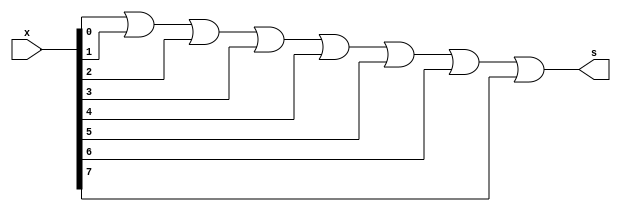
// ------------------------- 
// Exercicio0012 - OR
// Nome: Lucas Cardoso 
// -------------------------
// ------------------------- 
// -- or gate 
// ------------------------- 
module orgate ( output s, 
input [7:0]x); 
assign s = ( x[0]|x[1]|x[2]|x[3]|x[4]|x[5]|x[6]|x[7] ); 
endmodule // ORgate 

// --------------------- 
// -- test OR gate 
// --------------------- 

module testorgate; 

// ------------------------- dados locais 

reg [0:7]a; // definir registradores 
wire s; // definir conexao (fio) 

// ------------------------- instancia 

orgate OR1 (s, a); 

// ------------------------- preparacao 

initial begin:start 
// atribuicao simultanea 
// dos valores iniciais 
a = 8'b00000000;
end 

// ------------------------- parte principal 
initial begin 
$display("Exercicio0012 - Lucas Cardoso - 441694"); 
$display("Test OR gate"); 
$display("\na|b|c|d|e|f|g|h = s\n"); 
$monitor( "%8b = %b", a, s );

#1 a=8'b00000001;
#1 a=8'b00000010;
#1 a=8'b00000100;
#1 a=8'b00001000;
#1 a=8'b00010000;
#1 a=8'b00100000;
#1 a=8'b01000000;
#1 a=8'b10000000;

#1 a=8'b00000011;
#1 a=8'b00000110;
#1 a=8'b00001100;
#1 a=8'b00011000;
#1 a=8'b00110000;
#1 a=8'b01100000;
#1 a=8'b11000000;

#1 a=8'b00000101;
#1 a=8'b00001010;
#1 a=8'b00010100;
#1 a=8'b00101000;
#1 a=8'b01010000;
#1 a=8'b10100000;

#1 a=8'b00001001;
#1 a=8'b00010010;
#1 a=8'b00100100;
#1 a=8'b01001000;
#1 a=8'b10010000;

#1 a=8'b00010001;
#1 a=8'b00100010;
#1 a=8'b01000100;
#1 a=8'b10001000;

#1 a=8'b00100001;
#1 a=8'b01000010;
#1 a=8'b10000100;

#1 a=8'b01000001;
#1 a=8'b10000010;

#1 a=8'b10000001;
#1 a=8'b11111111;

end 
endmodule // testorgate